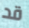
قد